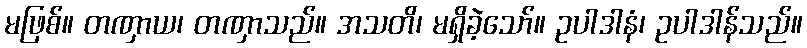
မဖြစ်။ တဏှာယ၊ တဏှာသည်။ အသတိ၊ မရှိခဲ့သော်။ ဥပါဒါနံ၊ ဥပါဒါန်သည်။